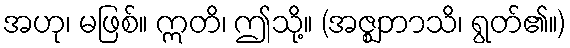
အဟု၊ မဖြစ်။ ဣတိ၊ ဤသို့။ (အဇ္ဈဘာသိ၊ ရွတ်၏။)